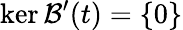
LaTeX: \ker\mathcal{B}^{\prime}(t)=\{ 0\}